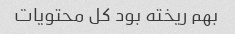
بهم ریخته بود کل محتویات